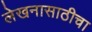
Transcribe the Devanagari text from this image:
लेखनासाठीचा